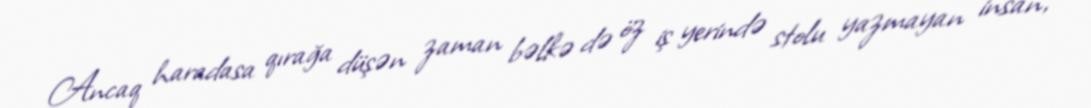
Ancaq haradasa qırağa düşən zaman bəlkə də öz iş yerində stolu yazmayan insan,